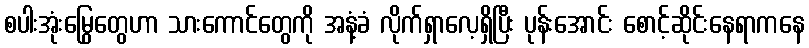
စပါးအုံးမြွေတွေဟာ သားကောင်တွေကို အနံ့ခံ လိုက်ရှာလေ့ရှိပြီး ပုန်းအောင်း စောင့်ဆိုင်းနေရာကနေ